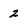
Character: 2